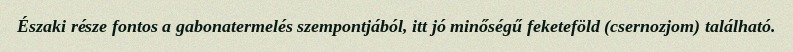
Északi része fontos a gabonatermelés szempontjából, itt jó minőségű feketeföld (csernozjom) található.